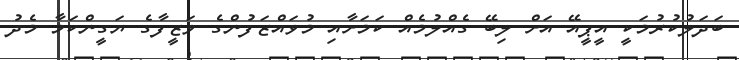
ބަދަލުކުރުމަކީ އީޕީއޭ އަށް ލިބޭ ގެއްލުމެއް ކަމަށާއި މުވައްޒަފުންގެ ވަޒީފާގެ ޔަގީންކަމާ މެދު